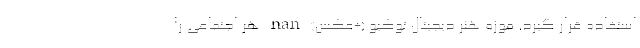
استفاده قرار گیرد. موزه‌ هنر دیجیتال توکیو (+عکس) nan هر اجتماعی را